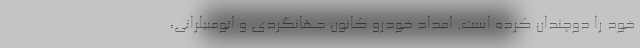
خود را دوچندان کرده است. امداد خودرو کانون جهانگردی و اتومبیلرانی،